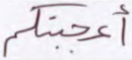
أعجبتكم